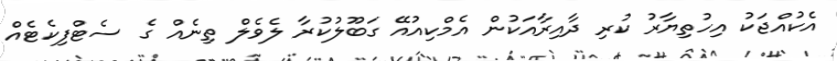
އެކުއްޖަކު އިހުތިޔާރު ކުރި ދާއިރާއަކުން އެމްކިއުއޭ ގަބޫލުކުރާ ލެވެލް ތިނެއް ގެ ސެޓްފިކެޓެއް